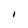
Character: i